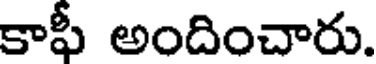
కాఫీ అందించారు.